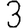
Digit: 3